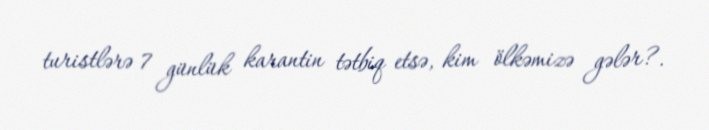
turistlərə 7 günlük karantin tətbiq etsə, kim ölkəmizə gələr?.